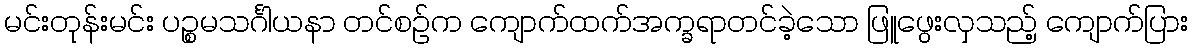
မင်းတုန်းမင်း ပဉ္စမသင်္ဂါယနာ တင်စဉ်က ကျောက်ထက်အက္ခရာတင်ခဲ့သော ဖြူဖွေးလှသည့် ကျောက်ပြား